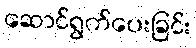
ဆောင်ရွက်ပေးခြင်း